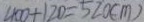
4 0 0 + 1 2 0 = 5 2 0 ( c m )